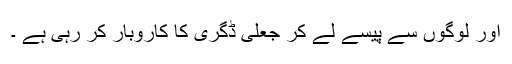
اور لوگوں سے پیسے لے کر جعلی ڈگری کا کاروبار کر رہی ہے ۔